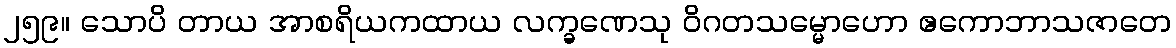
၂၅၉။ သောပိ တာယ အာစရိယကထာယ လက္ခဏေသု ဝိဂတသမ္မောဟော ဧကောဘာသဇာတေ